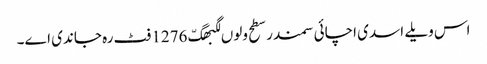
اس ویلے اسدی اچائی سمندر سطح ولوں لگبھگّ 1276 فٹ رہ جاندی اے۔